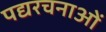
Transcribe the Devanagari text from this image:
पद्यरचनाओं